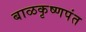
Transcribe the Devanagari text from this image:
बाळकृष्णपंत